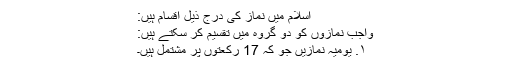
اسلام میں نماز کی درج ذیل اقسام ہیں:
واجب نمازوں کو دو گروہ میں تقسیم کر سکتے ہیں:
۱. یومیہ نمازیں جو کہ 17 رکعتوں پر مشتمل ہیں۔